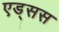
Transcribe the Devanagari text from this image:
एड्सस